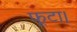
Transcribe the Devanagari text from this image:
फूटा।